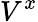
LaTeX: V^{x}